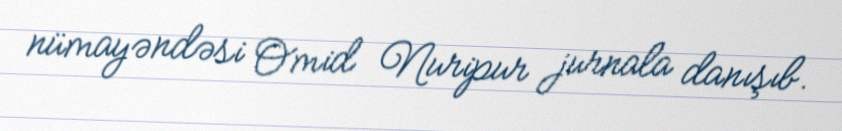
nümayəndəsi Omid Nuripur jurnala danışıb.